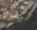
ليس